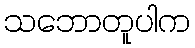
သဘောတူပါက